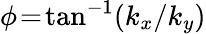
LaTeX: \phi\! =\! \mathrm{tan}^{-1}(k_{x}/k_{y})